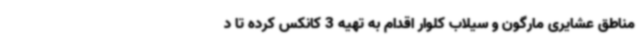
مناطق عشایری مارگون و سیلاب کلوار اقدام به تهیه 3 کانکس کرده تا د